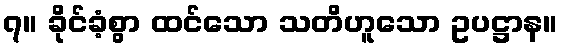
၇။ ခိုင်ခံ့စွာ ထင်သော သတိဟူသော ဥပဋ္ဌာန။